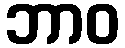
ဘာဝ